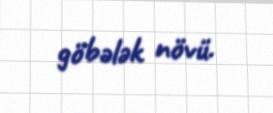
göbələk növü.